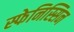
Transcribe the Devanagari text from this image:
स्फेनिस्सिन